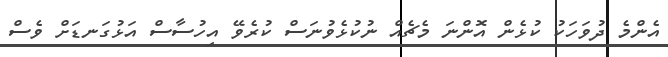
އެންމެ ދުވަހަކު ކުޅެން އޮންނަ މެޗެއް ނުކުޅެވުނަސް ކުރެވޭ އިހުސާސް އަޅުގަނޑަށް ވެސް